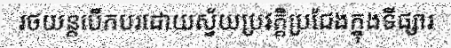
រថយន្តបើកបរដោយស្វ័យប្រវត្តិប្រជែងក្នុងទីផ្សារ